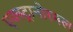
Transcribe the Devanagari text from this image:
एक्स्ट्रानोरमल